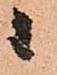
ニ